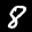
Label: 8